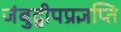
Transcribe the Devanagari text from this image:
जंबुद्वीपप्रज्ञप्ति